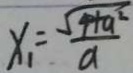
x _ { 1 } = \frac { \sqrt { 4 + a ^ { 2 } } } { a }